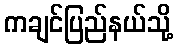
ကချင်ပြည်နယ်သို့